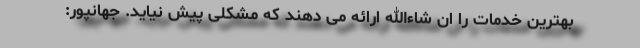
بهترین خدمات را ان شاءالله ارائه می دهند که مشکلی پیش نیاید. جهانپور: